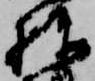
棟